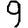
Digit: 9